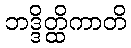
ဘဒ္ဒိတ္ထိကာတိ